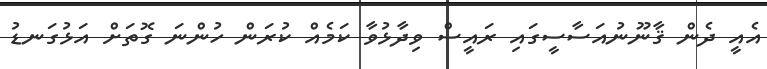
އެއީ ދެން ޤާނޫނުއަސާސީގައި ރައީސް ވިދާޅުވާ ކަމެއް ކުރަން ހުންނަ ގޮތަށް އަޅުގަނޑު